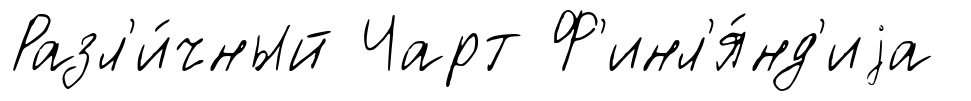
Разл'и́чный Чарт Ф'инл'я́нд'иjа